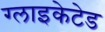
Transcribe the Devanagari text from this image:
ग्लाइकेटेड